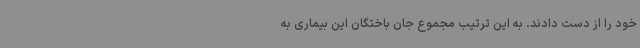
خود را از دست دادند. به این ترتیب مجموع جان باختگان این بیماری به